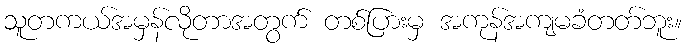
သူတကယ်အမှန်လိုတာအတွက် တစ်ပြားမှ အကုန်အကျမခံတတ်ဘူး။